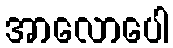
အာလောပေါ